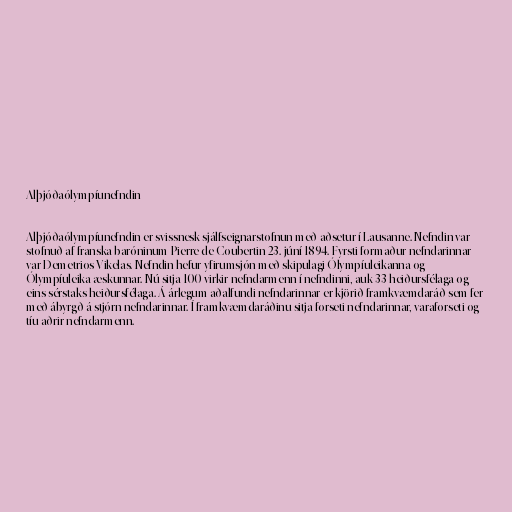
Alþjóðaólympíunefndin

Alþjóðaólympíunefndin er svissnesk sjálfseignarstofnun með aðsetur í Lausanne. Nefndin var
stofnuð af franska baróninum Pierre de Coubertin 23. júní 1894. Fyrsti formaður nefndarinnar
var Demetrios Vikelas. Nefndin hefur yfirumsjón með skipulagi Ólympíuleikanna og
Ólympíuleika æskunnar. Nú sitja 100 virkir nefndarmenn í nefndinni, auk 33 heiðursfélaga og
eins sérstaks heiðursfélaga. Á árlegum aðalfundi nefndarinnar er kjörið framkvæmdaráð sem fer
með ábyrgð á stjórn nefndarinnar. Í framkvæmdaráðinu sitja forseti nefndarinnar, varaforseti og
tíu aðrir nefndarmenn.